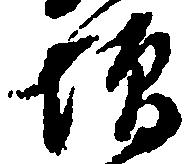
増